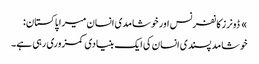
» ڈونرز کانفرنس اور خوشامدی انسان میرا پاکستان:
خوشامد پسندی انسان کی ایک بنیادی کمزوری رہی ہے۔